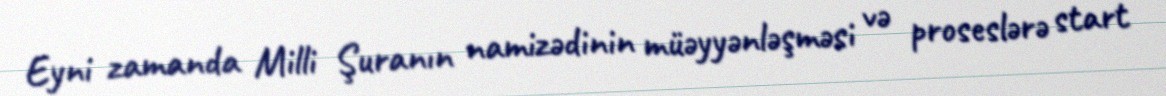
Eyni zamanda Milli Şuranın namizədinin müəyyənləşməsi və proseslərə start